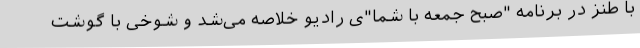
با طنز در برنامه‌ "صبح جمعه با شما"ی رادیو خلاصه می‌شد و شوخی با گوشت